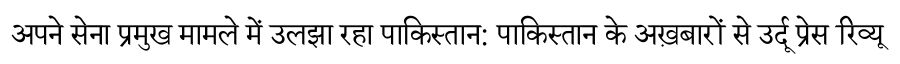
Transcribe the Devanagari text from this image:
अपने सेना प्रमुख मामले में उलझा रहा पाकिस्तान: पाकिस्तान के अख़बारों से उर्दू प्रेस रिव्यू